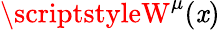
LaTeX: \scriptstyleW^{\mu}(\mathit{x})